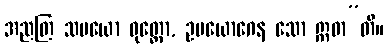
အညတြ သမယော ဝုတ္တော, ဥပယောဂေန သော ဣဓာ”တိ။